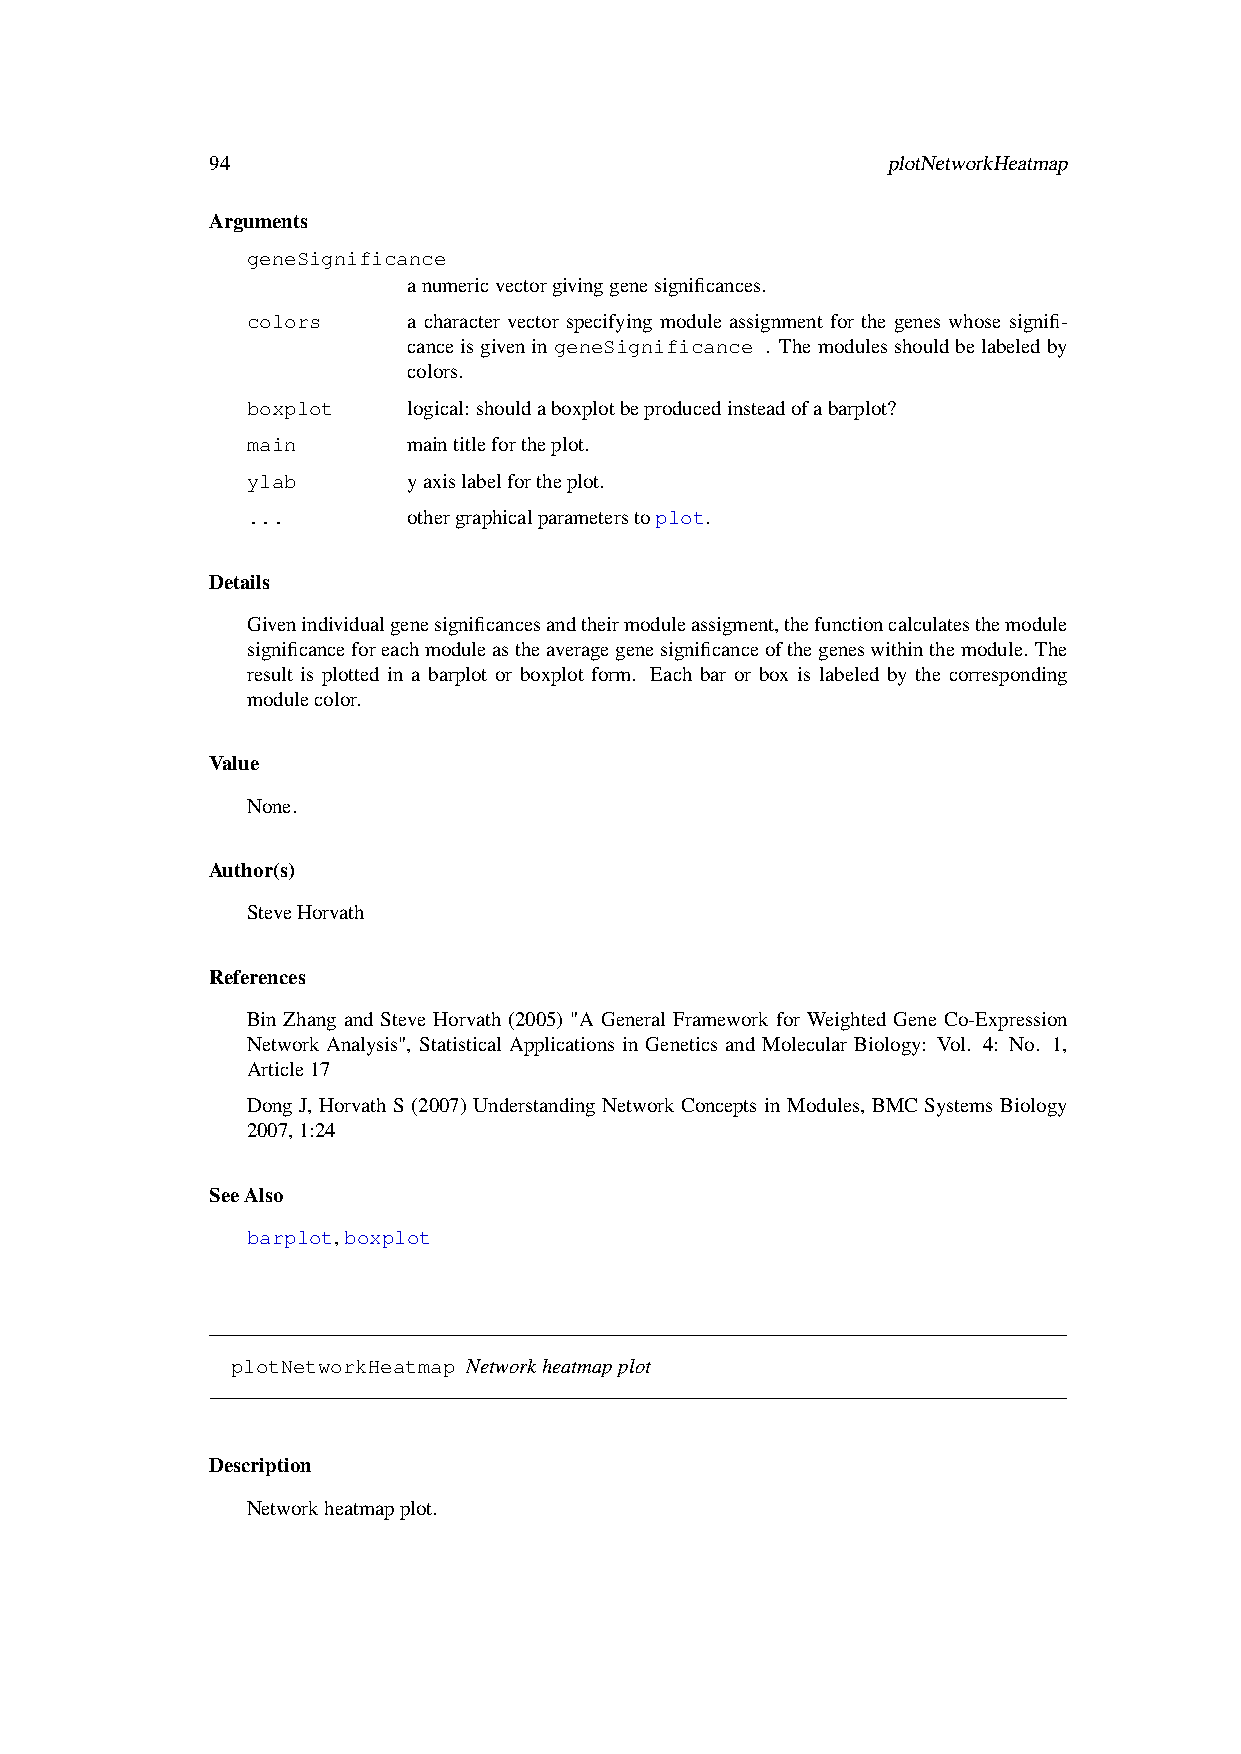
94                                           plotNetworkHeatmap
 Arguments
 geneSignificance
 anumericvectorgivinggenesignificances.
 colors     a character vector specifying module assignment for the genes whose signifi-
 canceisgiveningeneSignificance . Themodulesshouldbelabeledby
 colors.
 boxplot    logical: shouldaboxplotbeproducedinsteadofabarplot?
 main       maintitlefortheplot.
 ylab       yaxislabelfortheplot.
 ...        othergraphicalparameterstoplot.
 Details
 Givenindividualgenesignificancesandtheirmoduleassigment,thefunctioncalculatesthemodule
 significanceforeachmoduleastheaveragegenesignificanceofthegeneswithinthemodule. The
 result is plotted in a barplot or boxplot form. Each bar or box is labeled by the corresponding
 modulecolor.
 Value
 None.
 Author(s)
 SteveHorvath
 References
 Bin Zhang and Steve Horvath (2005) "A General Framework for Weighted Gene Co-Expression
 Network Analysis", Statistical Applications in Genetics and Molecular Biology: Vol. 4: No. 1,
 Article17
 Dong J, Horvath S (2007) Understanding Network Concepts in Modules, BMC Systems Biology
 2007,1:24
 SeeAlso
 barplot,boxplot
 plotNetworkHeatmap Networkheatmapplot
 Description
 Networkheatmapplot.